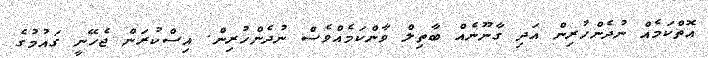
އޮތްކަމެއް ނުދެންހުރިން އަދި ގާނޫނެއް ބާތިލް ވާންކަމެއްވެސް ނުދެންހުރިން. އިސްކުރަން ޖެހޭނީ ގައުމުގެ